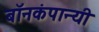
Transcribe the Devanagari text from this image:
बॉनकंपान्यी